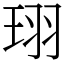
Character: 珝